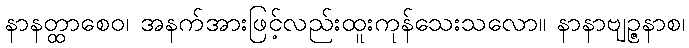
နာနတ္ထာစေဝ၊ အနက်အားဖြင့်လည်းထူးကုန်သေးသလော။ နာနာဗျဉ္ဇနာစ၊